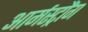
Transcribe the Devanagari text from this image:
आर्मस्ट्रौंग